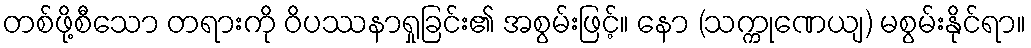
တစ်ဖို့စီသော တရားကို ဝိပဿနာရှုခြင်း၏ အစွမ်းဖြင့်။ နော (သက္ကုဏေယျ) မစွမ်းနိုင်ရာ။